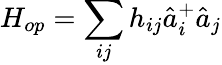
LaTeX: H_{op}=\sum_{ij}h_{ij}\hat{a}_{i}^{+}\hat{a}_{j}